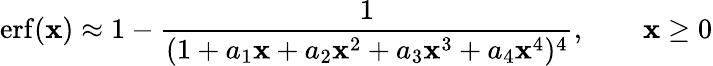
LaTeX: \operatorname{erf}(\mathbf{x})\approx1-{\frac{{1}}{{(1+a_{1}\mathbf{x}+a_{2}\mathbf{x}^{2}+a_{3}\mathbf{x}^{3}+a_{4}\mathbf{x}^{4})^{4}}}},\qquad\mathbf{x}\geq0